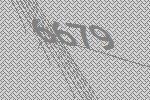
6679